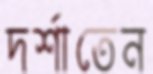
দর্শাতেন